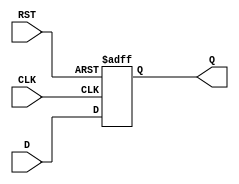
module stage_register #(
    parameter WIDTH = 8  // Parameter to define the width of the register
)(
    input  wire [WIDTH-1:0] D,    // Data input
    input  wire CLK,               // Clock input
    input  wire RST,               // Reset input
    output reg  [WIDTH-1:0] Q      // Data output
);

// Synchronous process for the register
always @(posedge CLK or posedge RST) begin
    if (RST) begin
        Q <= {WIDTH{1'b0}}; // Asynchronous reset to zero
    end else begin
        Q <= D; // Capture data on clock edge
    end
end

endmodule